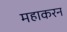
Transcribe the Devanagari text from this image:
महाकरन